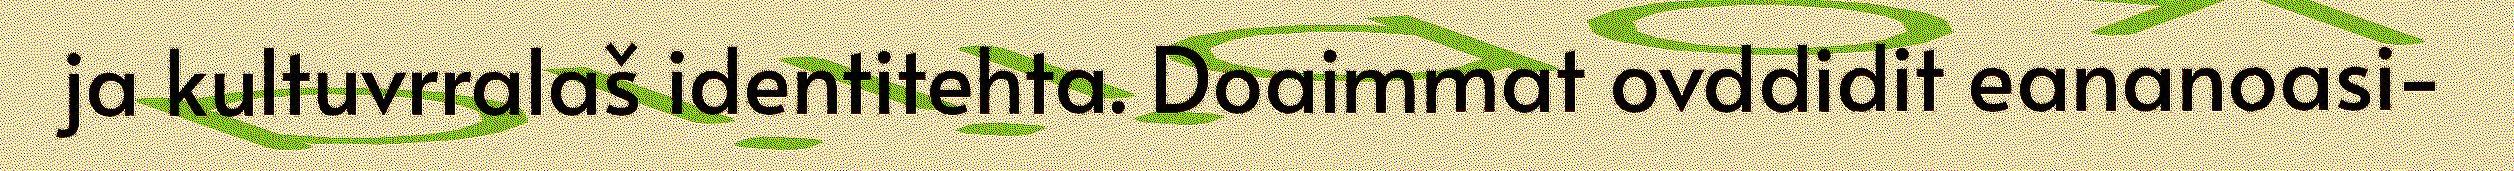
ja kultuvrralaš identitehta. Doaimmat ovddidit eananoasi-